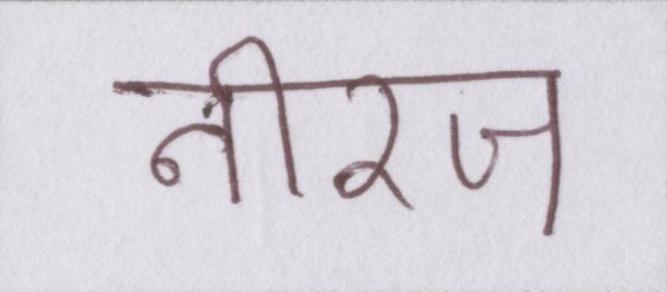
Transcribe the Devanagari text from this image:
नीरज